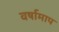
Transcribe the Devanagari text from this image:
वर्षामाप